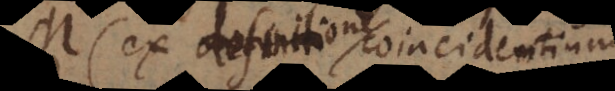
M (ex definitione coincidentium)